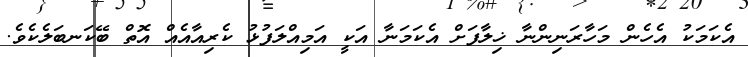
އެކަމަކު އެހެން މަހާރަނިންނާ ޚިލާފަށް އެކަމަނާ އަކީ އަމިއްލަފުޅު ކެރިއާއެއް އޮތް ބޭކަނބަލެކެވެ.